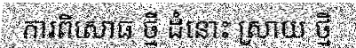
ការពិសោធ ថ្មី ដំនោះ ស្រាយ ថ្មី